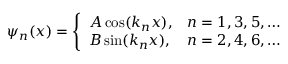
\psi _ { n } ( x ) = { \left\{ \begin{array} { l l } { A \cos ( k _ { n } x ) , } & { n = 1 , 3 , 5 , \dots } \\ { B \sin ( k _ { n } x ) , } & { n = 2 , 4 , 6 , \dots } \end{array} \right. }